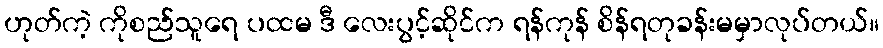
ဟုတ်ကဲ့ ကိုစည်သူရေ ပထမ ဒီ လေးပွင့်ဆိုင်က ရန်ကုန် စိန်ရတုခန်းမမှာလုပ်တယ်။